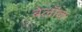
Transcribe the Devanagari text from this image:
बेल्रॉक